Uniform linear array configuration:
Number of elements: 4
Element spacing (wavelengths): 0.5
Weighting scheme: kaiser
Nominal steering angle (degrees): -15
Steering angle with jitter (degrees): -13.293
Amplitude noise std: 0.05
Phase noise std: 0.05

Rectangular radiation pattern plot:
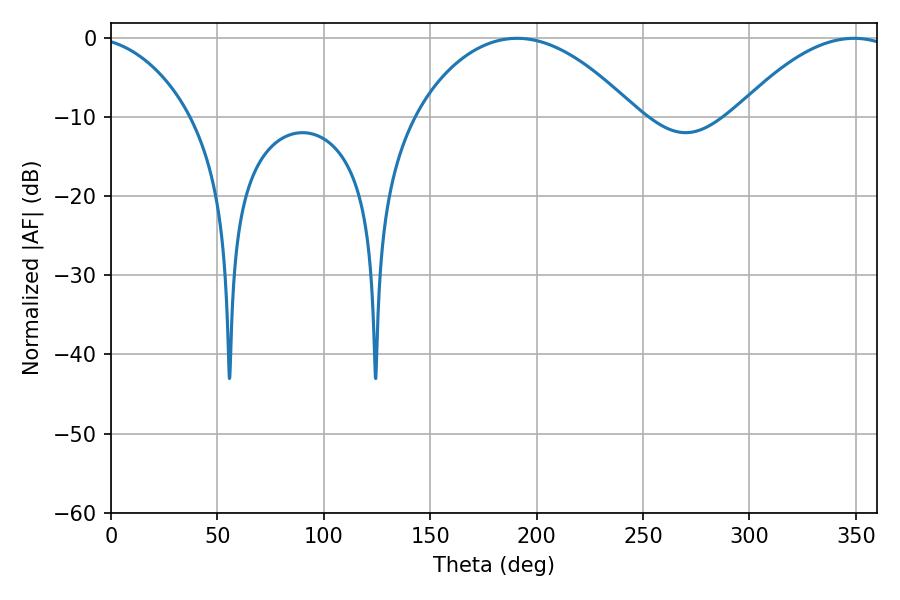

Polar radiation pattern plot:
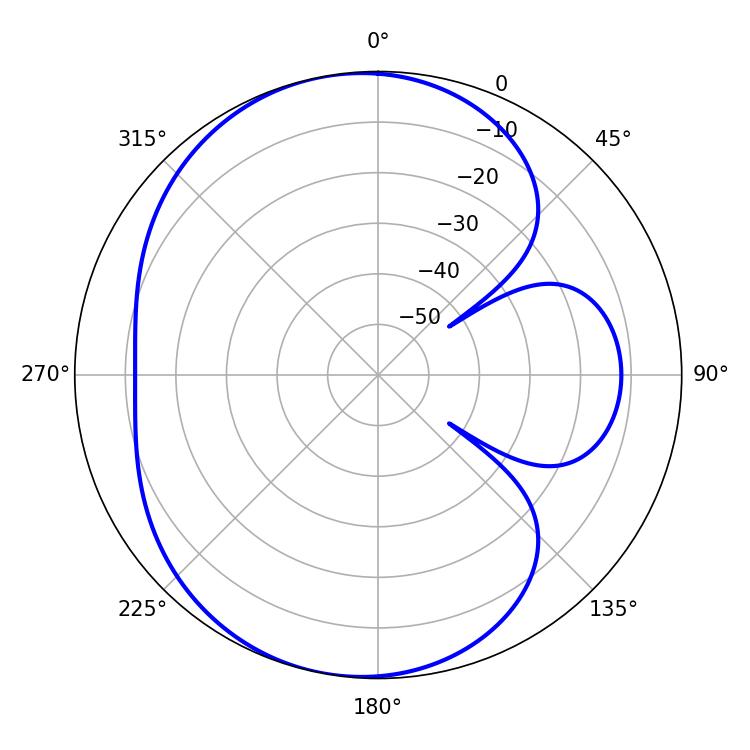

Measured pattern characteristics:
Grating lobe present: FALSE
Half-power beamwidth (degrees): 58.14
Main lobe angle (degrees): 190.8